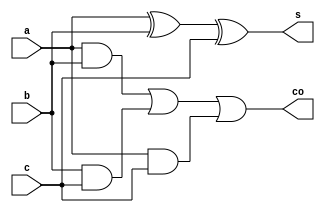
module f121(
    input a,
    input b,
    input c,
    output s,
    output co
    );

/*wire w1,w2,w3;
xor(w1,a,b);
xor(s,w1,c);
and(w2,c,w1);
and(w3,a,b);
or(co,w2,w3);*/

assign s=a^b^c;
assign co=(a&b)|(b&c)|(a&c);

endmodule